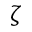
\zeta